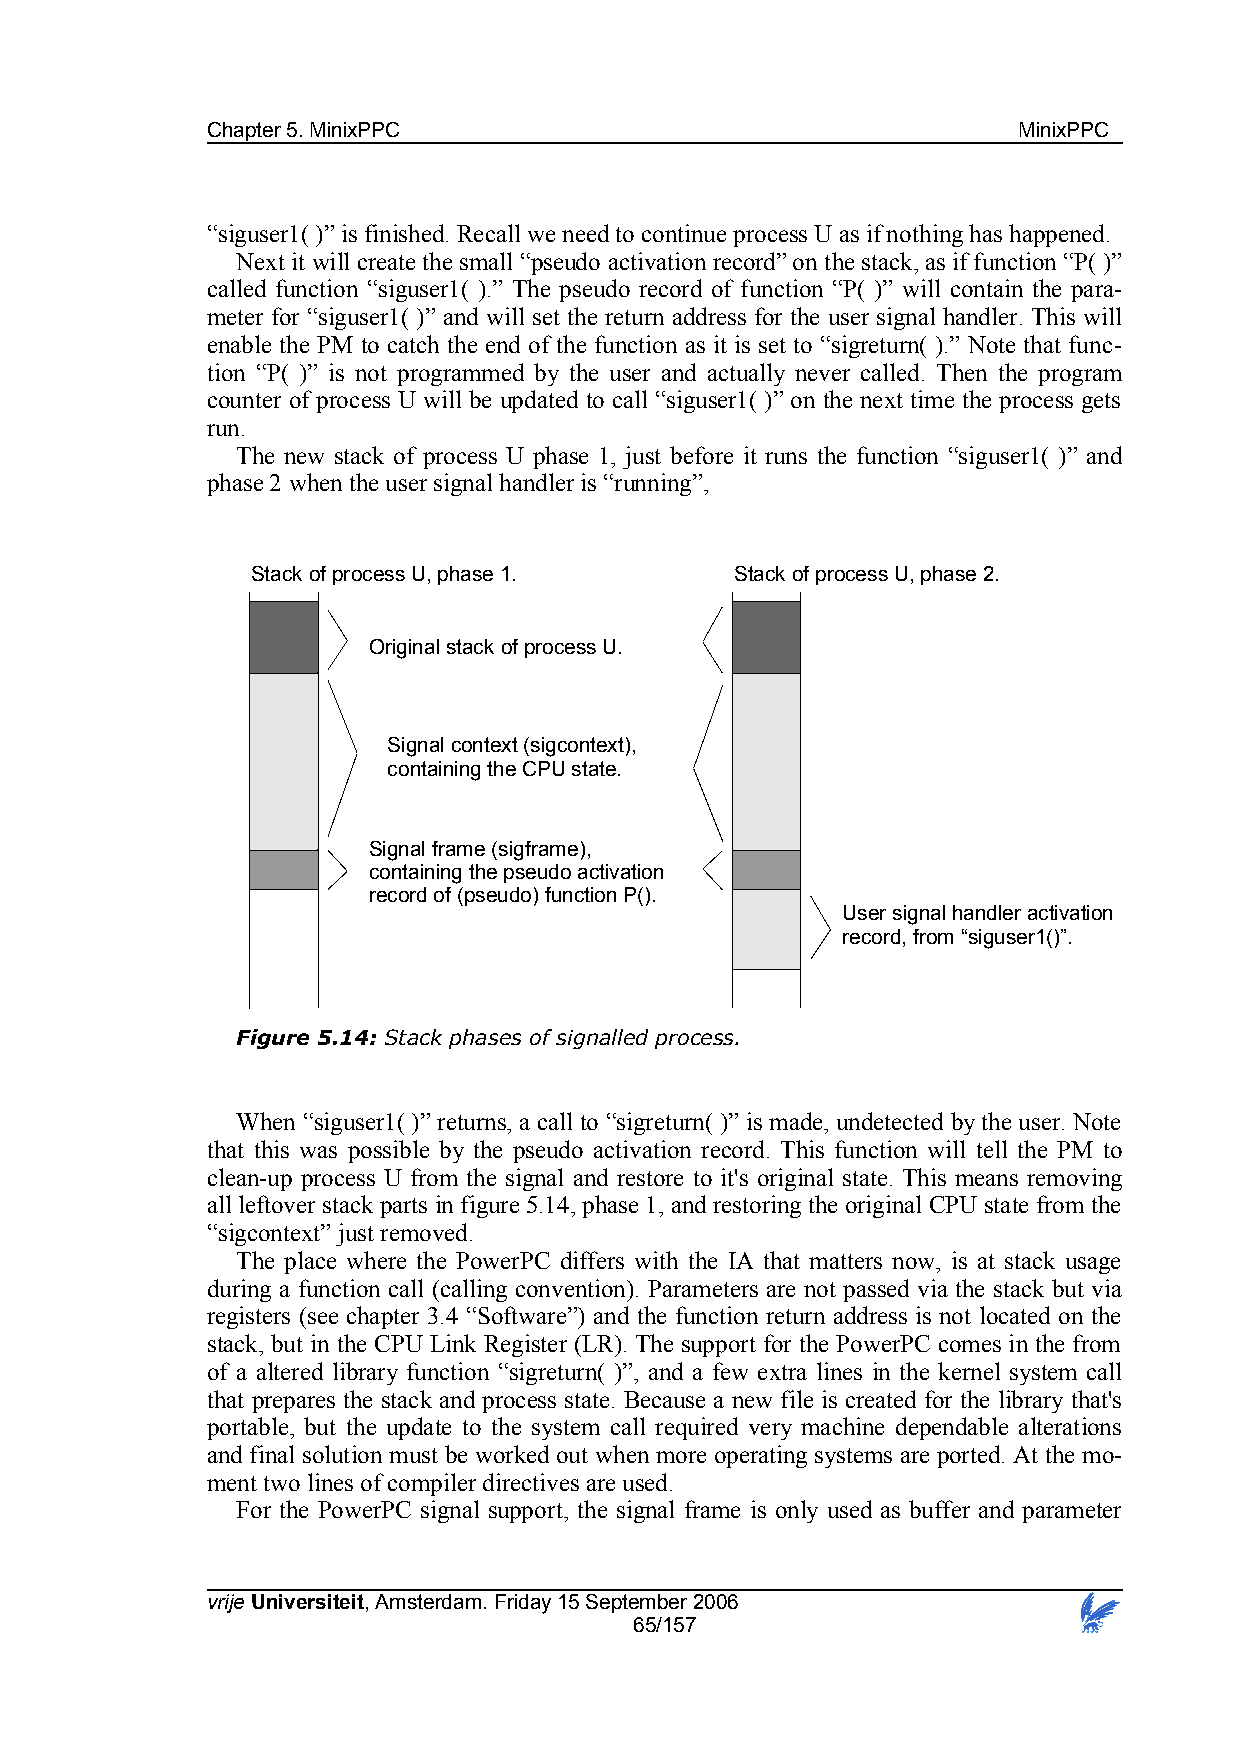
Chapter 5. MinixPPC                                  MinixPPC
 “siguser1( )” is finished. Recall we need to continue process U as if nothing has happened.
 Next it will create the small “pseudo activation record” on the stack, as if function “P( )”
 called function “siguser1( ).” The pseudo record of function “P( )” will contain the para-
 meter for “siguser1( )” and will set the return address for the user signal handler. This will
 enable the PM to catch the end of the function as it is set to “sigreturn( ).” Note that func-
 tion “P( )” is not programmed by the user and actually never called. Then the program
 counter of process U will be updated to call “siguser1( )” on the next time the process gets
 run.
 The new stack of process U phase 1, just before it runs the function “siguser1( )” and
 phase 2 when the user signal handler is “running”,
 Stack of process U, phase 1.    Stack of process U, phase 2.
 Original stack of process U.
 Signal context (sigcontext),
 containing the CPU state.
 Signal frame (sigframe),
 containing the pseudo activation
 record of (pseudo) function P().
 User signal handler activation
 record, from “siguser1()”.
 Figure 5.14: Stack phases of signalled process.
 When “siguser1( )” returns, a call to “sigreturn( )” is made, undetected by the user. Note
 that this was possible by the pseudo activation record. This function will tell the PM to
 clean-up process U from the signal and restore to it's original state. This means removing
 all leftover stack parts in figure 5.14, phase 1, and restoring the original CPU state from the
 “sigcontext” just removed.
 The place where the PowerPC differs with the IA that matters now, is at stack usage
 during a function call (calling convention). Parameters are not passed via the stack but via
 registers (see chapter 3.4 “Software”) and the function return address is not located on the
 stack, but in the CPU Link Register (LR). The support for the PowerPC comes in the from
 of a altered library function “sigreturn( )”, and a few extra lines in the kernel system call
 that prepares the stack and process state. Because a new file is created for the library that's
 portable, but the update to the system call required very machine dependable alterations
 and final solution must be worked out when more operating systems are ported. At the mo-
 ment two lines of compiler directives are used.
 For the PowerPC signal support, the signal frame is only used as buffer and parameter
 vrije Universiteit, Amsterdam. Friday 15 September 2006
 65/157